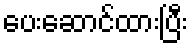
ပေးဆောင်ထားပြီး